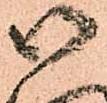
御